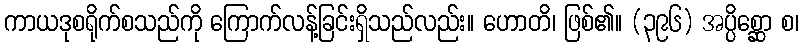
ကာယဒုစရိုက်စသည်ကို ကြောက်လန့်ခြင်းရှိသည်လည်း။ ဟောတိ၊ ဖြစ်၏။ (၃၉၆) အပ္ပိစ္ဆော စ၊